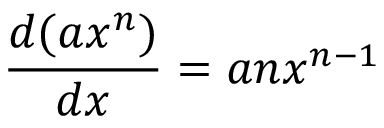
{ \frac { d ( a x ^ { n } ) } { d x } } = a n x ^ { n - 1 }